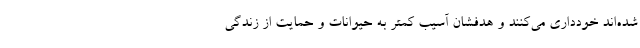
شده‌اند خودداری می‌کنند و هدفشان آسیب کمتر به حیوانات و حمایت از زندگی